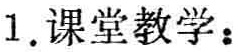
1. 课堂教学：